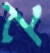
א